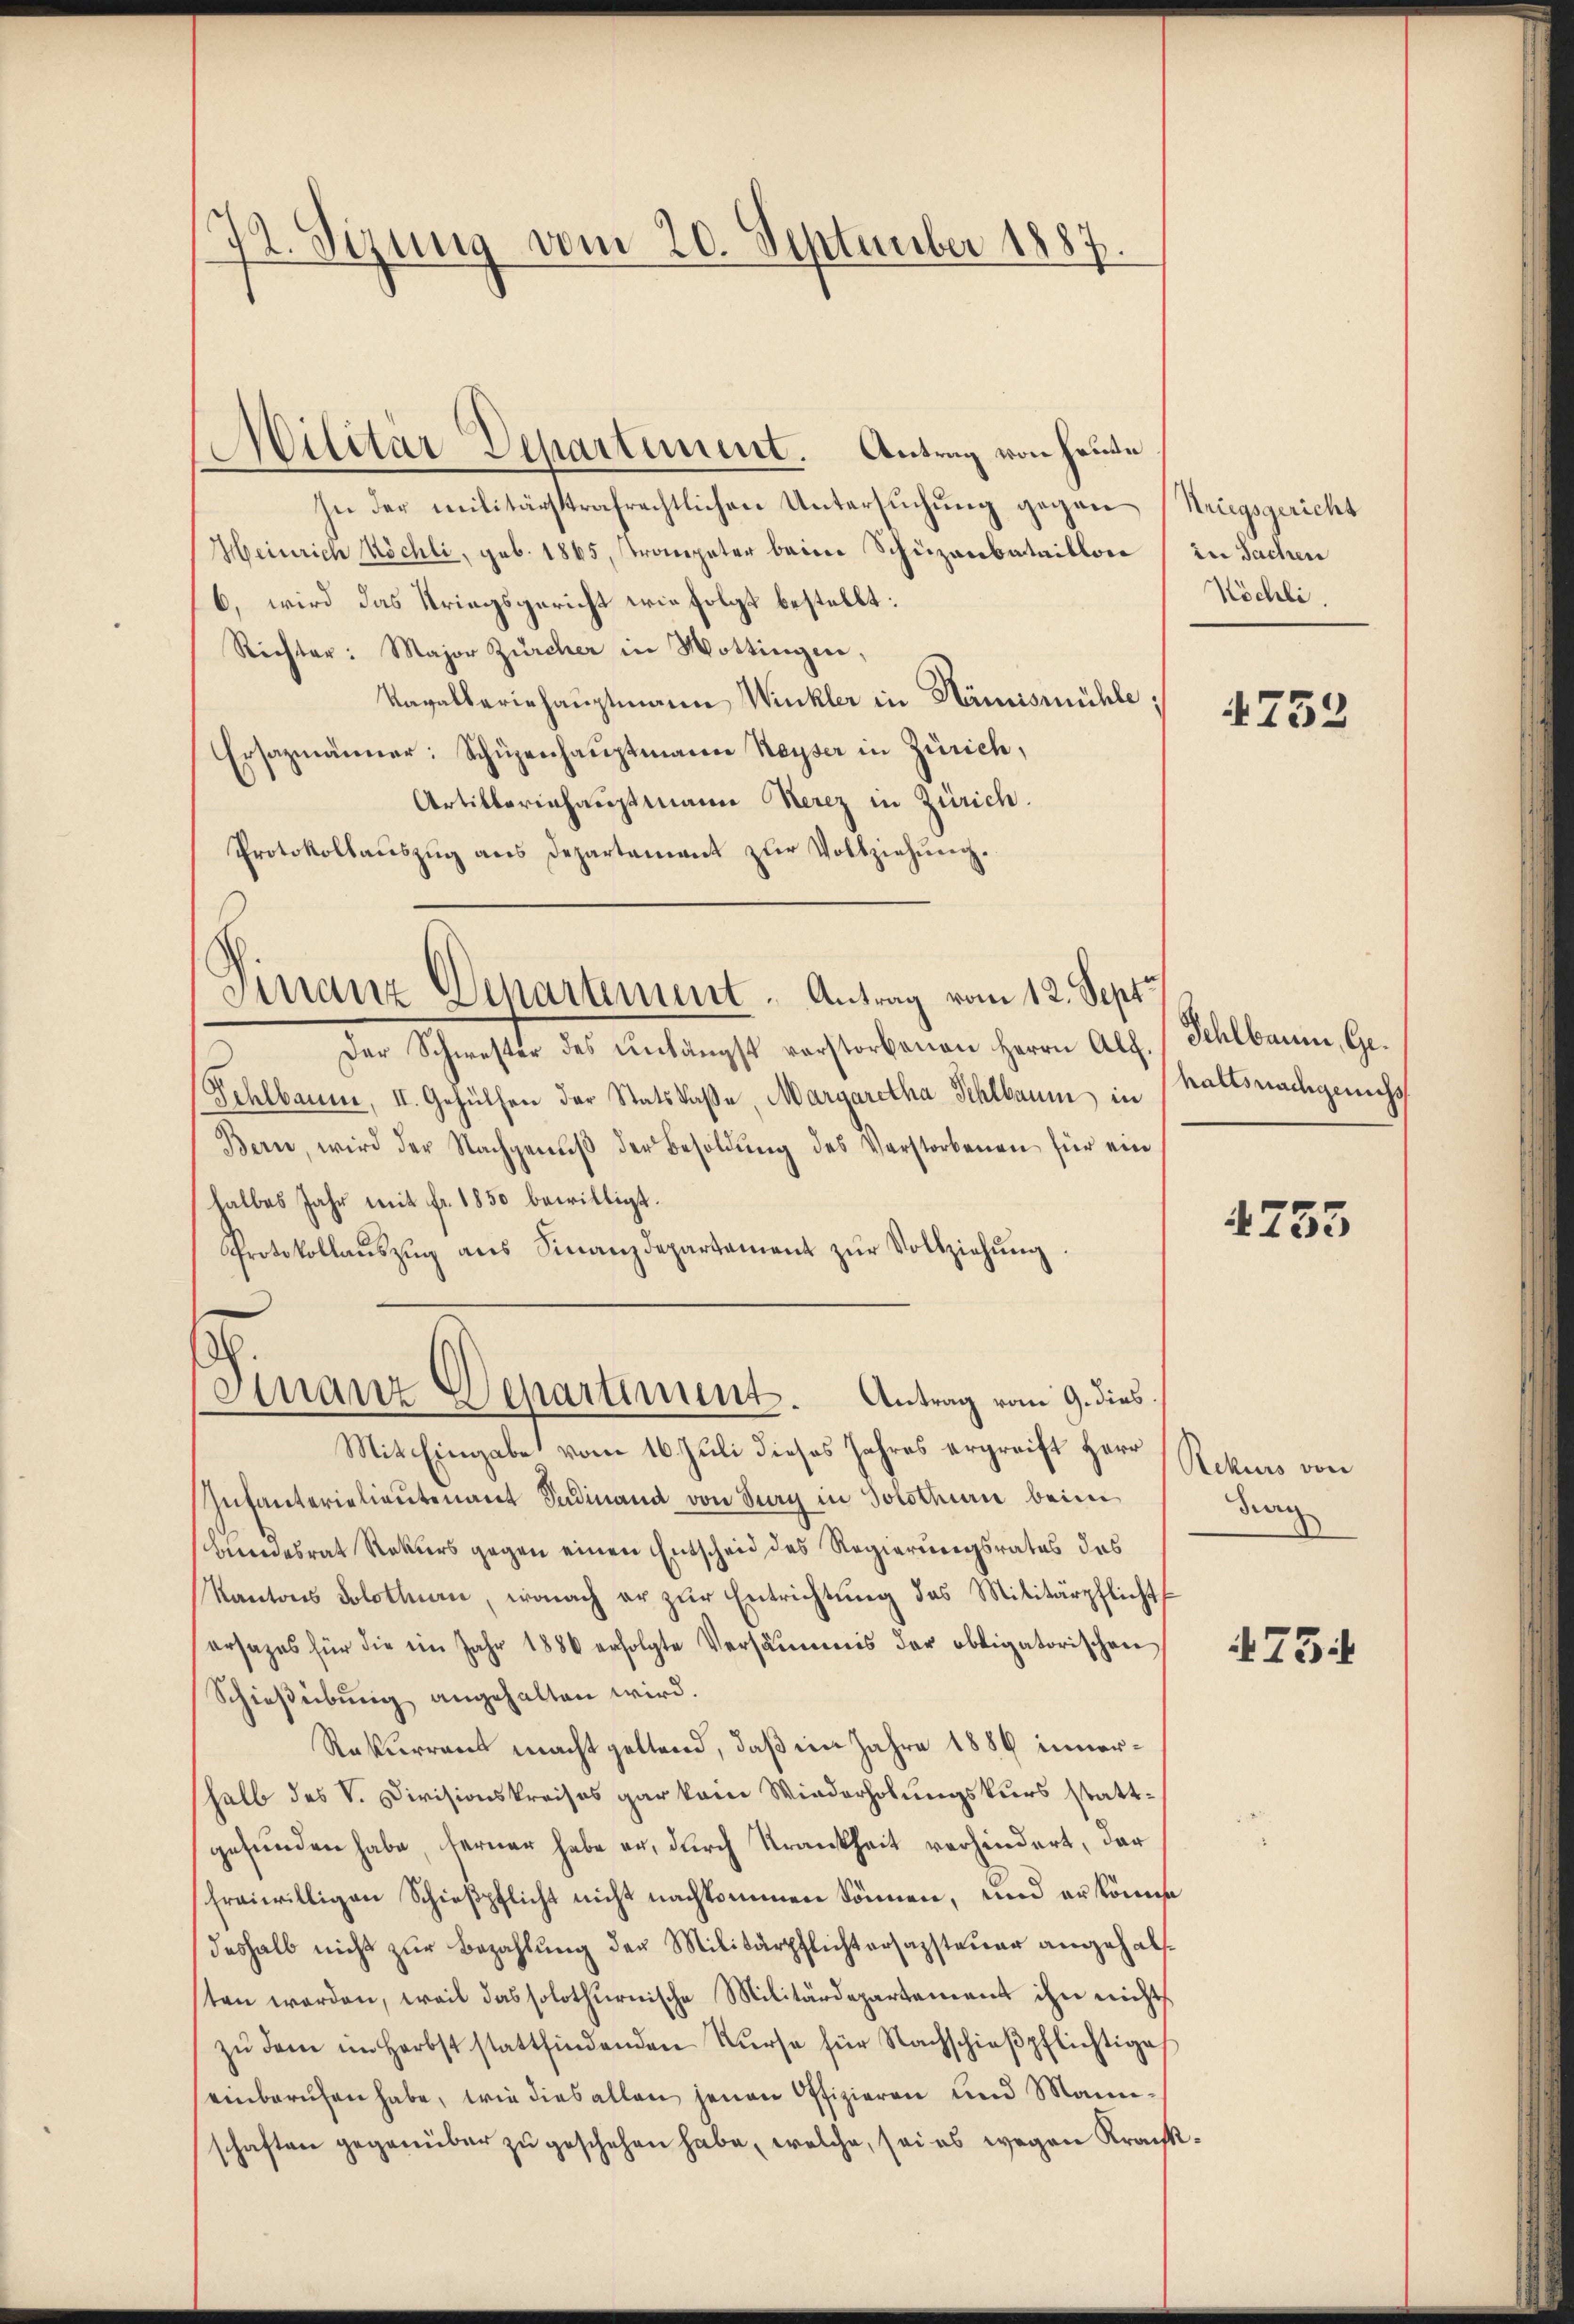
22. Sizung vom 20. September 1887.

Militär Departement. Antrag von heute
In der militärsstrafrechtlichen Untersŭchŭng gegen (Kriegsgericht
Heinrich Köchli, geb. 1865, strompeter beim Schüzanbataillon / in Sachen
6, wird das Kriegsgericht wie folgt bestellt:
Richter: Major Zürcher in Mottingen,
Kavalleriehauptmann Winkler in Hämismühle;
Ersazmänner: Schüpenhaŭptmanna Kayser in Zürich,
Artilloriehauptmann Herz in Zürich.
Protokollaŭszŭg ans Departament zŭr Vollziehŭng.
Der Schwester des unlängst verstorbenen Herrn Alf. (Sehlbaum, Ge¬
Fehlbaum, II. Gehülfen der Statskasse, Margaretha Schlbaum in
Bern, wird der Nachgenŭβ der Besoldŭng des Verstorbenen für ein
halbes Jahr mit fr. 1850 bewilligt.
Protokollaŭszŭg aŭs Finanzdepartement zŭr Vollziehŭng.
Finanz-Departiment. Antrag vom 9. dies.
Mit Eingabe vom 16. Juli dieses Jahres ergreift Herr Rekurs von
Infanterielieutenant Sudinand von Sury in Solothurn beim
Bundesrat Rekurs gegen einen Entscheid des Regierungsrates das
Kantons Solothurn, wonach er zŭr Entrichtŭng das Militärpflicht
ersages für die ein Jahr 1886 erfolgte Versäumnis der obligatorischen
Schießübung angehalten wird.
Rekurrent macht geltend, daß ein Jahre 1886 innerhalb des V. Divisionskreises gar kein Wiederholungskurs stattgefunden habe, ferner habe er, durch Krankheit verhindert, der
freiwilligen Schießpflicht nicht nachkommen können, und er könnte
deshalb nicht zur Bezahlung der Militärpflichtersazsteuer angehalsten worden, weil das solothurnische Militärdepartement ihn nicht
zŭ dem im Herbst stattfindenden Kŭrse für Nachschieβpflichtige
einberuhen habe, wie dies allen jenen Offizieren und Manneschaften gegenüber zu geschehen habe, welche, sei es wegen Krank¬

Finanz-Departement. Antrag vom 12. Sept.

Köchli.

4752

haltsnachgenechs

4755

ding

4754